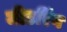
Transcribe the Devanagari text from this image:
मीटरिंग